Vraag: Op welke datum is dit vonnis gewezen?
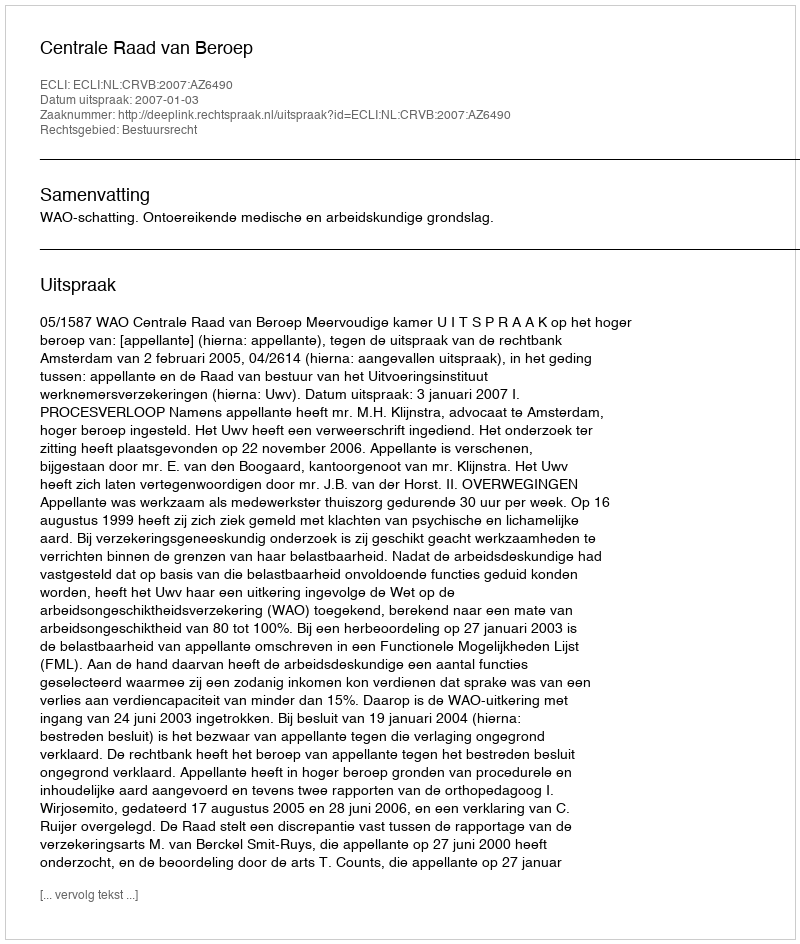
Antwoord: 2007-01-03